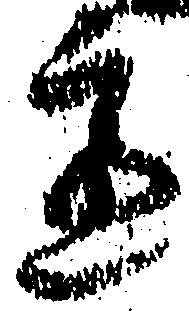
慮